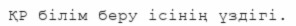
ҚР білім беру ісінің үздігі.